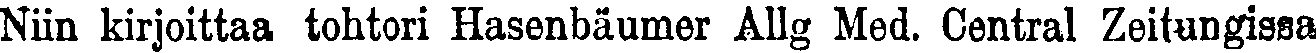
Niin kirjoittaa tohtori Hasenbäumer Allg Med. Central Zeitungissa